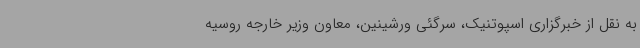
به نقل از خبرگزاری اسپوتنیک، سرگئی ورشینین، معاون وزیر خارجه روسیه